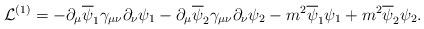
LaTeX: \begin{align*}{\cal L}^{(1)} = -\partial_\mu \overline \psi_1 \gamma_{\mu\nu}\partial_\nu \psi_1-\partial_\mu \overline \psi_2 \gamma_{\mu\nu}\partial_\nu \psi_2 - m^2 \overline \psi_1 \psi_1+ m^2 \overline \psi_2 \psi_2 .\end{align*}